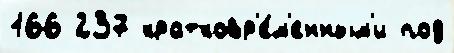
166 237 кратковр'е́м'енным'и под